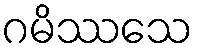
ဂမိဿသေ